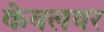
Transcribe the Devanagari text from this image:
केबलवर